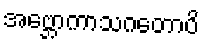
အဗ္ဘောကာသဂတောပိ